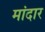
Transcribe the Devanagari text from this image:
मांदार